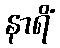
နာရိံ